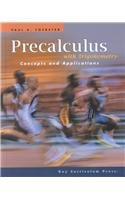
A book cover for Precalculus with Trigonometry Concepts and Applications Paul A. Foerster (hard-Cover); Paul A. Foerster; Science & Math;